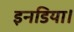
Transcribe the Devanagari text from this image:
इनडिया।